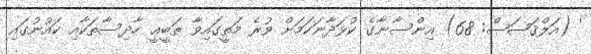
' (އަލްޤަޞަޞް: 68) އިންސާނާގެ ކުޅަދާނަކަމަށް ވުރެ މަތީގައިވާ ޠަބީޢީ ހާދިސާތަކާއި ކައުނުގައި